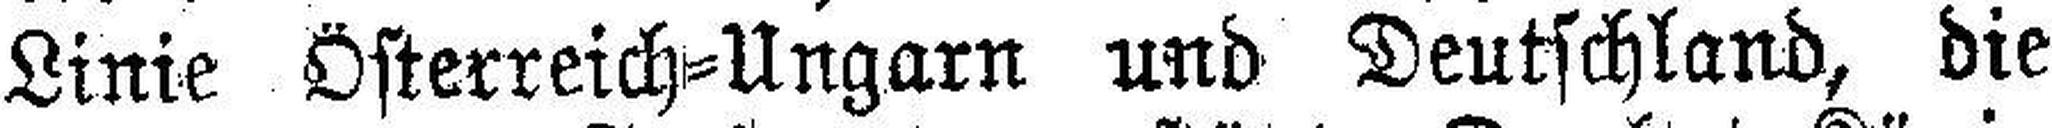
Linie Österreich=Ungarn und Deutschland, die